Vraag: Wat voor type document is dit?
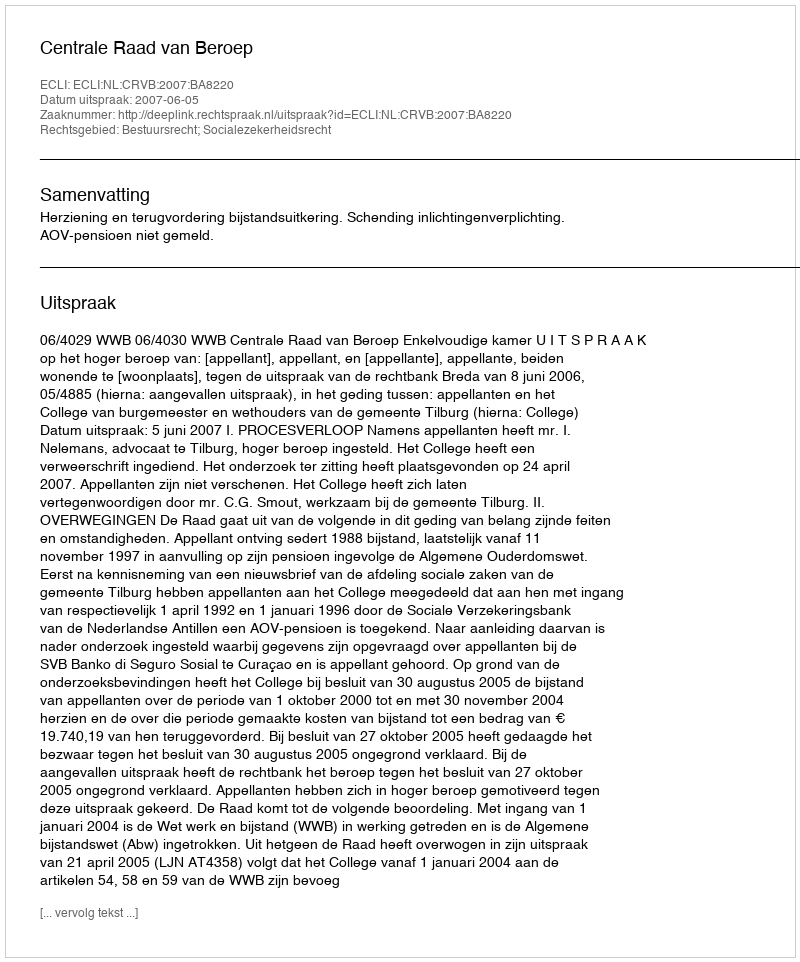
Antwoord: Uitspraak